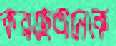
করছেঅনেকে